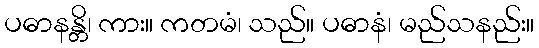
ပဓာနန္တိ၊ ကား။ ကတမံ၊ သည်။ ပဓာနံ၊ မည်သနည်း။